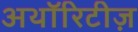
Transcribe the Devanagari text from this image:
अथॉरिटीज़